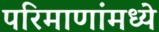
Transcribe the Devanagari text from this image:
परिमाणांमध्ये